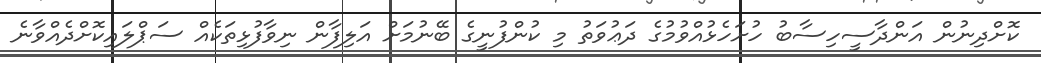
ކޮށްދިނުން އަންދާސީހިސާބު ހުށަހެޅުއްވުމުގެ ދަޢުވަތު މި ކުންފުނީގެ ބޭނުމަށް އަލިފާން ނިވާފުޅިތަކެއް ސަޕްލައިކޮށްދެއްވާނެ